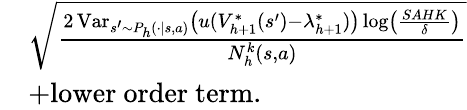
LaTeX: \begin{array}{rl}&{\sqrt{\frac{2\operatorname{Var}_{s^{\prime}\sim P_{h}(\cdot\vert s,a)}\left(u(V_{h+1}^{*}(s^{\prime})-\lambda_{h+1}^{*})\right)\log\left(\frac{SAHK}{\delta}\right)}{N_{h}^{k}(s,a)}}}\\ &{+\mathrm{lower~order~term}.}\end{array}